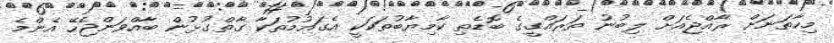
މިހާތަނަށް ރާއްޖެއަށް ލިބުނު ތަރައްގީގެ ބޮޑެތި ކާމިޔާބުތަކަކީ އެގައުމުތަކާ ގާތްގުޅުން ބާއްވަންޖެހޭ އެންމެ